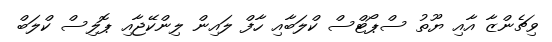
ވިޗެންޒާ އާއި ޔޫތު ސްޕޯޓްސް ކްލަބާއި ހާފް ލައިން ލިންކޭޖާއި ޕޮލިސް ކްލަބް